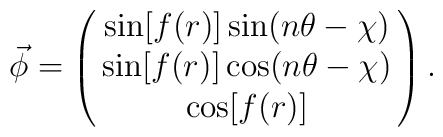
\vec{\phi}=\left(\matrix{\sin[f(r)]\sin(n\theta-\chi)\cr\sin[f(r)]\cos(n\theta-\chi)\cr\cos[f(r)]\cr}\right).